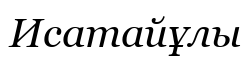
Исатайұлы